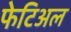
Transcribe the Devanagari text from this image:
फेटिअल